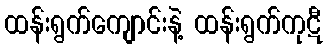
ထန်းရွက်ကျောင်းနဲ့ ထန်းရွက်ကုဋီ